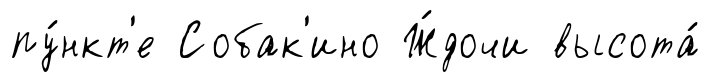
пу́нкт'е Собак'ино Ж́дочи высота́